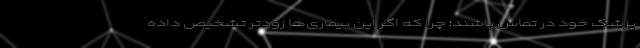
پزشک خود در تماس باشند؛ چرا که اگر این بیماری‌ها زودتر تشخیص داده